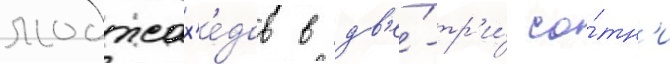
моджах'е́дов в дв'е́-тр'и́ со́тн'и